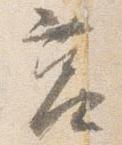
莒